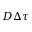
D \Delta \tau